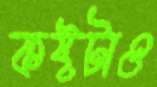
কষ্টটাও